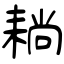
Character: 耥